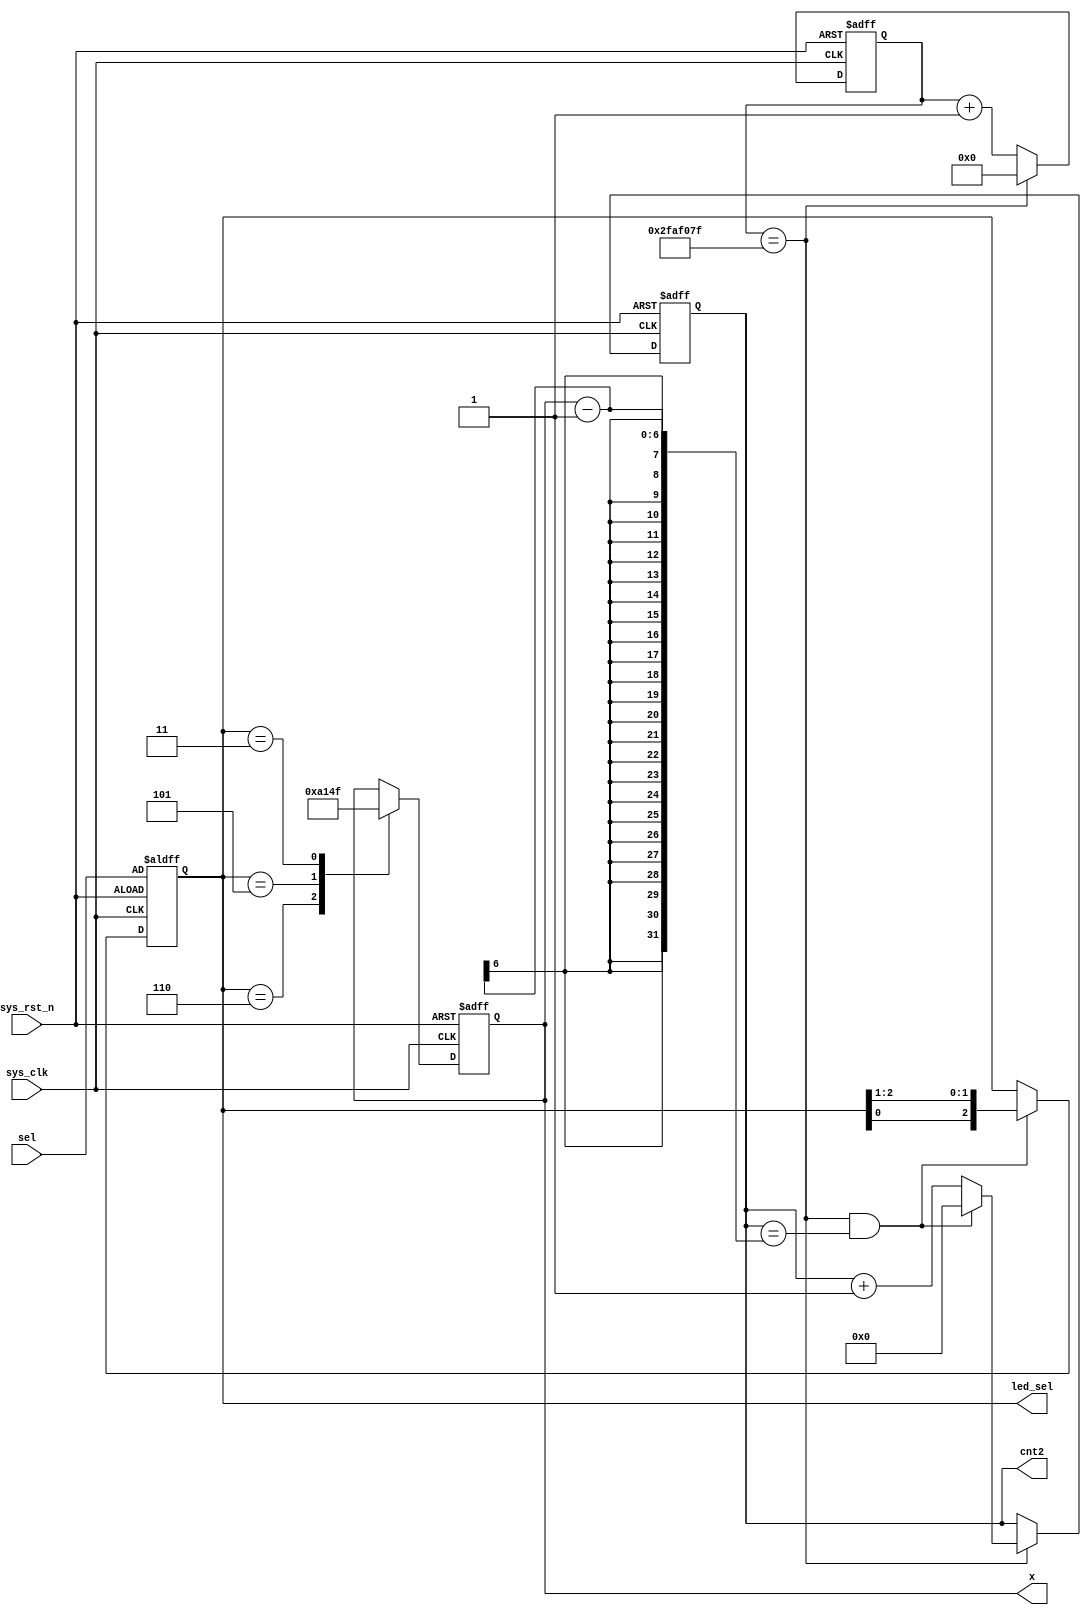
module  led
#(
//****************************************************//

//定义晶振频率50M
    parameter CNT_MAX = 26'd50_000_000 ,
//定义晶振频率50M
    parameter CNT_R = 26'd15  ,
//定义晶振频率50M
    parameter CNT_Y = 26'd5,
//定义晶振频率50M
    parameter CNT_G = 26'd10 
//****************************************************//
)
(
    input   wire            sys_clk     ,   //输入工作时钟,频率50MHz
    input   wire            sys_rst_n   ,   //输入复位信号,低电平有效
    input   wire   [2:0]    sel		    ,

	output	reg    [5:0] 	cnt2		,
	output	reg    [5:0] 	x			,
	output  reg    [2:0]    led_sel
);


reg     [25:0]  cnt1         ;    //0.1ms



//********************************************************************//
//***************************** Main Code ****************************//
//********************************************************************//
//***************************** Main Code ****************************//
//********************************************************************//
//***************************** Main Code ****************************//
//********************************************************************//
//计2ms 每位数码管扫描时间

always @(posedge sys_clk or negedge sys_rst_n)begin
    if(!sys_rst_n)begin
        cnt1 <= 0;
    end
    else if(add_cnt1)begin
        if(end_cnt1)
            cnt1 <= 0;
        else
            cnt1 <= cnt1 + 1;
    end
end

assign add_cnt1 =1 ;
assign end_cnt1 = add_cnt1 && cnt1==CNT_MAX-1 ;

always @(posedge sys_clk or negedge sys_rst_n)begin
    if(!sys_rst_n)begin
        cnt2 <= 0;
    end
    else if(add_cnt2)begin
        if(end_cnt2)
            cnt2 <= 0;
        else
            cnt2 <= cnt2 + 1;
    end
end

assign add_cnt2 =end_cnt1 ;
assign end_cnt2 = add_cnt2 && cnt2== x - 1 ;

//每x 扫描下一个
always@(posedge sys_clk or negedge sys_rst_n)
	if(!sys_rst_n)
		led_sel<=sel;
	else if( end_cnt2  )	begin
		led_sel <= {led_sel[0],led_sel[2:1]};   end
	else	
		led_sel <= led_sel;  

//每x 扫描下一个
always  @(posedge sys_clk or negedge sys_rst_n)begin
    if(sys_rst_n==1'b0)begin
			x<=CNT_R;end
    else 
		begin case(led_sel)
            3'b110:x<=CNT_G;
            3'b101:x<=CNT_Y;
            3'b011:x<=CNT_R;
         endcase	end

end 

endmodule